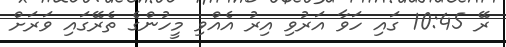
ރޭ 10:45 ގައި ހަވާ އަރުވި އިރު އެއްވި މީހުންގެ ތެރޭގައި ވަރަށް